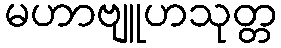
မဟာဗျူဟသုတ္တ